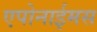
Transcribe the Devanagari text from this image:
एपोनाईमस